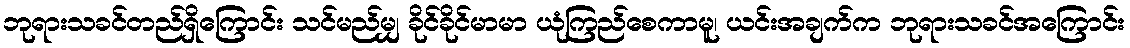
ဘုရားသခင်တည်ရှိကြောင်း သင်မည်မျှ ခိုင်ခိုင်မာမာ ယုံကြည်စေကာမူ၊ ယင်းအချက်က ဘုရားသခင်အကြောင်း